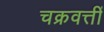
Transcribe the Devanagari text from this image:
चक्रवत्तीं